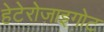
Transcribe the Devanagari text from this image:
हेटेरोज़ाइगोट